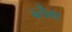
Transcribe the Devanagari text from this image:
ब्लैग